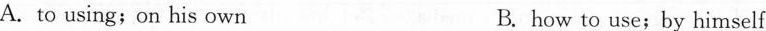
A.to using;on his own B.how to use;by himself